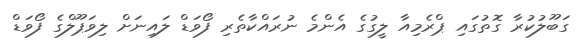
ގަބޫލުކުރާ ގޮތުގައި ޕްރެމިއާ ލީގުގެ އެންމެ ނުރައްކާތެރި ފޯވަޑް ލައިނަށް ލިވަޕޫލްގެ ފޯވަޑް